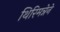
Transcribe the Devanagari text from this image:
थिरिमन्नेने